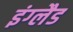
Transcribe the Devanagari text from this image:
इंग्‍लैड